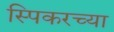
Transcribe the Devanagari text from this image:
स्पिकरच्या